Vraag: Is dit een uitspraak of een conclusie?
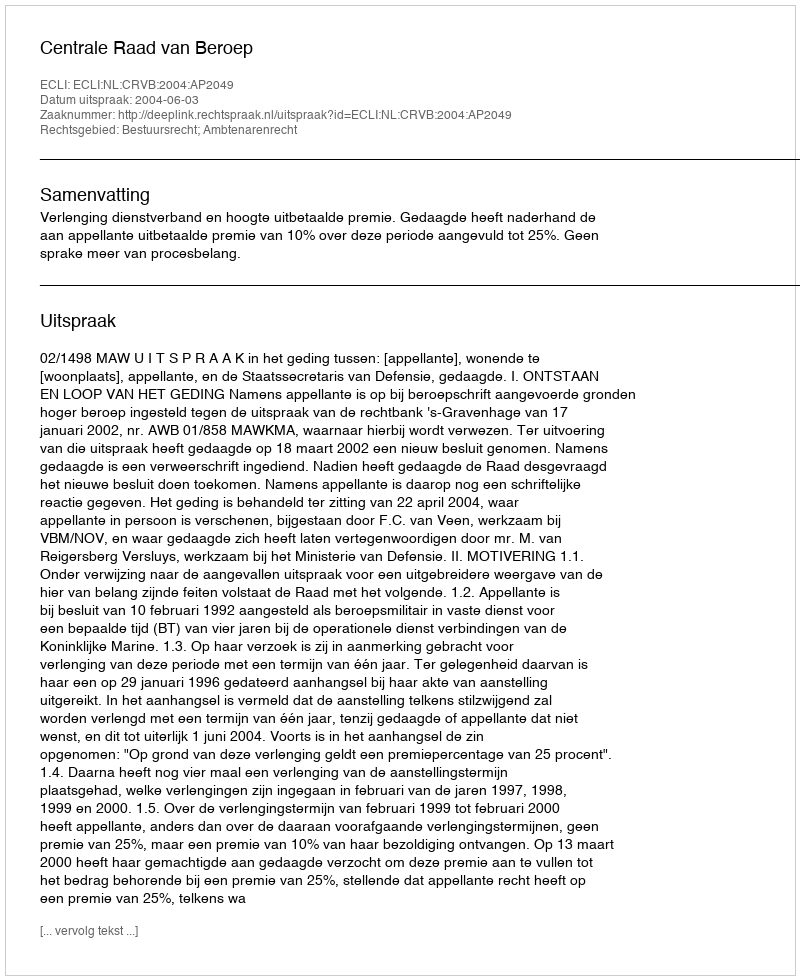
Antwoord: Uitspraak